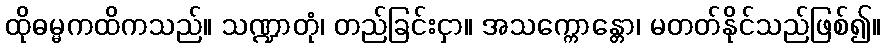
ထိုဓမ္မကထိကသည်။ သဏ္ဍာတုံ၊ တည်ခြင်းငှာ။ အသက္ကောန္တော၊ မတတ်နိုင်သည်ဖြစ်၍။